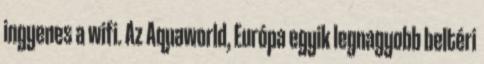
ingyenes a wifi. Az Aquaworld, Európa egyik legnagyobb beltéri